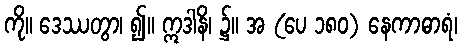
ကို။ ဒေဿတွာ၊ ၍။ ဣဒါနိ၊ ၌။ အ (ပေ ၁၈၀) နေကာဓာရံ၊